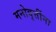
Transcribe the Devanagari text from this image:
मनोवृत्तींना